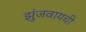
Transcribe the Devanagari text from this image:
झुंजवायची